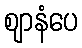
ဈာနံပေ